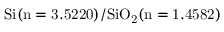
\mathrm { S i ( n = 3 . 5 2 2 0 ) / S i O _ { 2 } ( n = 1 . 4 5 8 2 ) }